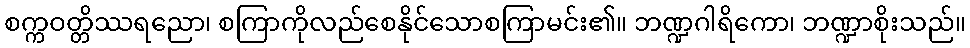
စက္ကဝတ္တိဿရညော၊ စကြာကိုလည်စေနိုင်သောစကြာမင်း၏။ ဘဏ္ဍဂါရိကော၊ ဘဏ္ဍာစိုးသည်။